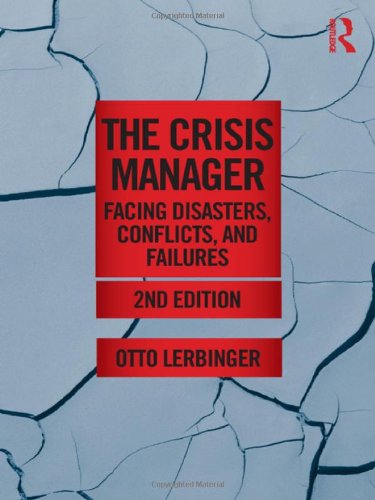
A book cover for The Crisis Manager: Facing Disasters, Conflicts, and Failures (Routledge Communication Series); Otto Lerbinger; Business & Money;